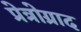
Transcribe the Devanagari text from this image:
प्रेत्रोग्राद